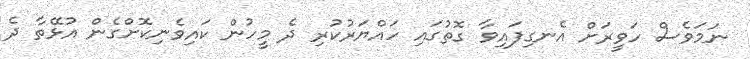
ނަމަވެސް ހަވީރަށް އެނގިފައިވާ ގޮތުގައި ހައްޔަރުކުރި ދެ މީހުން ކައިވެނިކޮށްގެން އުޅޭތާ ދެ